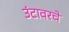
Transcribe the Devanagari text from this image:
उंटावरचे